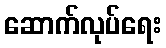
ဆောက်လုပ်ရေး